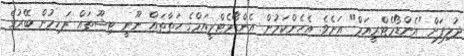
ދުލިފަށް "އެންޑޯމެޓްރީއަމް" އަށެވެ. އެހެންކަމުން އެންޑޯމެޓްރީއަމްގެ ހަތާތައް ނޫނީ ޓިޝޫތައް ރަހިމުން ބޭރުގެ